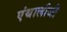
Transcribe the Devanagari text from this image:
एंथालौजी